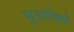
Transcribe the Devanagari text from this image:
पुश्तोकों